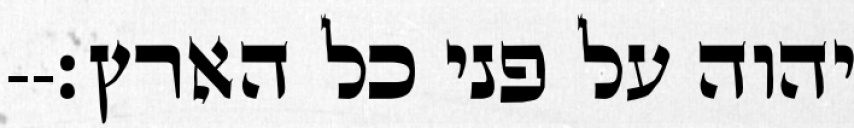
יהוה על פני כל הארץ׃--